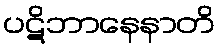
ပဋိဘာနေနာတိ